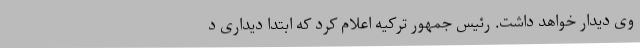
وی دیدار خواهد داشت. رئیس جمهور ترکیه اعلام کرد که ابتدا دیداری د